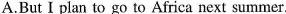
A.But I plan to go to Africa next summer.